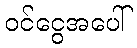
ဝင်ငွေအပေါ်